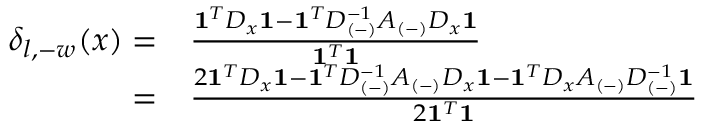
\begin{array} { r l } { \delta _ { l , - w } ( x ) = } & { \frac { \mathbf { 1 } ^ { T } D _ { x } \mathbf { 1 } - \mathbf { 1 } ^ { T } D _ { ( - ) } ^ { - 1 } A _ { ( - ) } D _ { x } \mathbf { 1 } } { \mathbf { 1 } ^ { T } \mathbf { 1 } } } \\ { = } & { \frac { 2 \mathbf { 1 } ^ { T } D _ { x } \mathbf { 1 } - \mathbf { 1 } ^ { T } D _ { ( - ) } ^ { - 1 } A _ { ( - ) } D _ { x } \mathbf { 1 } - \mathbf { 1 } ^ { T } D _ { x } A _ { ( - ) } D _ { ( - ) } ^ { - 1 } \mathbf { 1 } } { 2 \mathbf { 1 } ^ { T } \mathbf { 1 } } \, } \end{array}